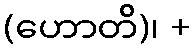
(ဟောတိ)၊ +